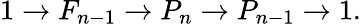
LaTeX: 1\to F_{n-1}\to P_{n}\to P_{n-1}\to 1.